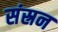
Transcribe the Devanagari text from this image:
संस्रन